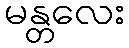
မန္တလေး